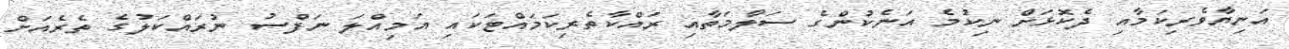
އަނިޔާވެރިކަމާއި ދެކޮޅަށް ނިކުމެ އަނެކުންގެ ސަލާމަތާއި ރައްކާތެރިކަމައްޓަކައި އަމިއްލަ ނަފްސު ނުރައްކަލުގެ ތެރެއަށް